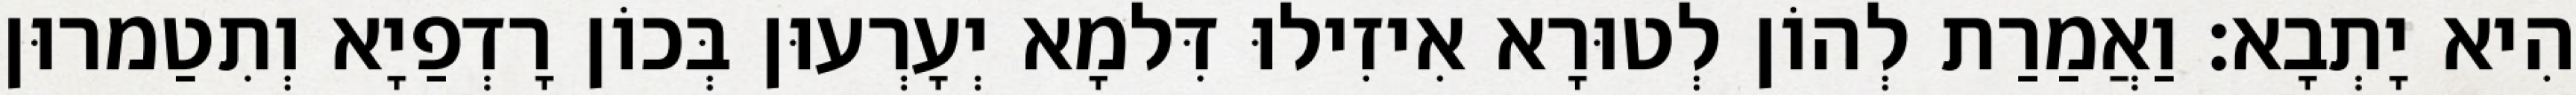
הִיא יָתְבָא׃ וַאֲמַרַת לְהוֹן לְטוּרָא אִיזִילוּ דִּלמָא יְעָרְעוּן בְּכוֹן רָדְפַיָא וְתִטַמרוּן